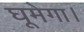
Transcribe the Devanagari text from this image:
घूमेगा।